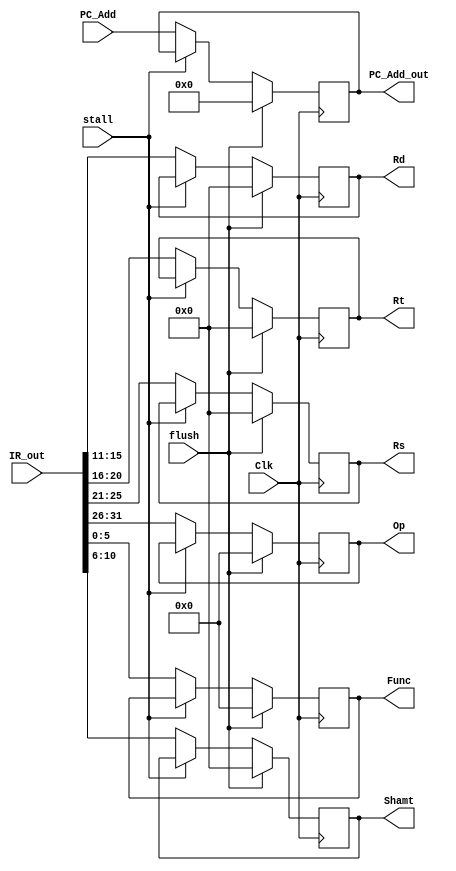
module IF_ID_Seg(
input Clk,
input stall,
input flush,

input [31:0]PC_Add,IR_out,

output reg[31:0] PC_Add_out,
output reg[5:0] Op,
output reg[4:0] Rs,Rt,Rd,Shamt,
output reg[5:0] Func
);

initial PC_Add_out =  32'b0;

always@(posedge Clk)
begin
if(flush)
begin
	Op <= 6'b0;
	Rs <= 5'b0;
	Rt <= 5'b0;
	Rd <= 5'b0;
	Shamt <= 5'b0;
	Func <= 6'b0;
	PC_Add_out <= 32'b0;
end

else if(~stall)
begin
	Op <= IR_out[31:26];
	Rs <= IR_out[25:21];
	Rt <= IR_out[20:16];
	Rd <= IR_out[15:11];
	Shamt <= IR_out[10:6];
	Func <= IR_out[5:0];
	PC_Add_out <= PC_Add;
end
end
endmodule